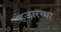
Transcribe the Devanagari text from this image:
हजारच्या